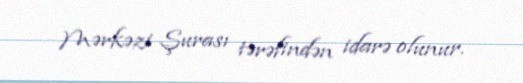
Mərkəzi Şurası tərəfindən idarə olunur.